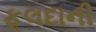
ફૂલદાની